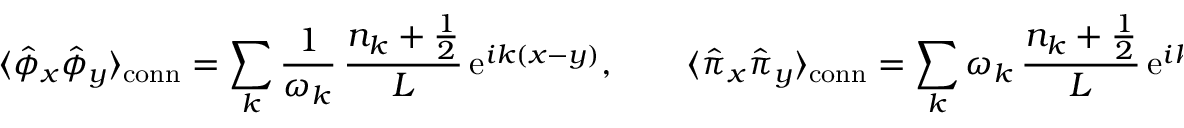
\langle \hat { \phi } _ { x } \hat { \phi } _ { y } \rangle _ { \mathrm { c o n n } } = \sum _ { k } \frac { 1 } { \omega _ { k } } \, \frac { n _ { k } + \frac { 1 } { 2 } } { L } \, \mathrm { e } ^ { i k ( x - y ) } , \qquad \langle \hat { \pi } _ { x } \hat { \pi } _ { y } \rangle _ { \mathrm { c o n n } } = \sum _ { k } \omega _ { k } \, \frac { n _ { k } + \frac { 1 } { 2 } } { L } \, \mathrm { e } ^ { i k ( x - y ) } .